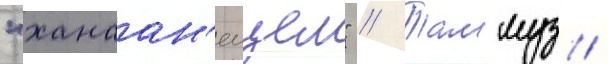
"ханаан'еицем" // Таммуз /